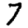
Digit: 7